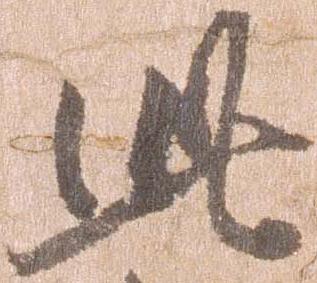
此